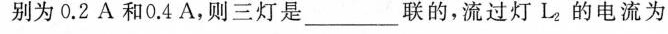
别为0.2A和0.4A，则三灯是_____联的，流过灯L_{2}的电流为